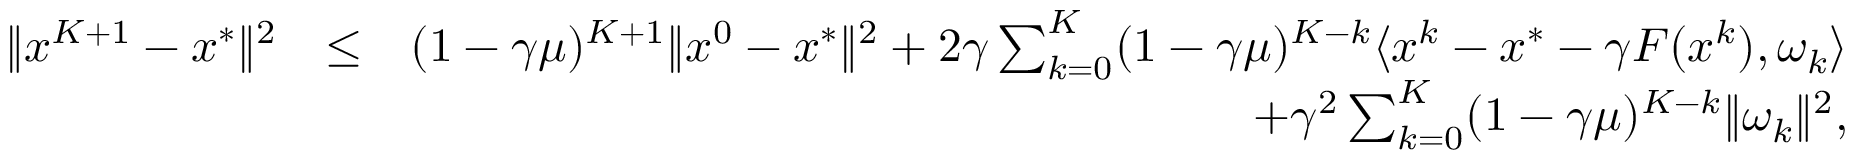
\begin{array} { r l r } { \| x ^ { K + 1 } - x ^ { * } \| ^ { 2 } } & { \leq } & { ( 1 - \gamma \mu ) ^ { K + 1 } \| x ^ { 0 } - x ^ { * } \| ^ { 2 } + 2 \gamma \sum _ { k = 0 } ^ { K } ( 1 - \gamma \mu ) ^ { K - k } \langle x ^ { k } - x ^ { * } - \gamma F ( x ^ { k } ) , \omega _ { k } \rangle } \\ & { } & { \quad + \gamma ^ { 2 } \sum _ { k = 0 } ^ { K } ( 1 - \gamma \mu ) ^ { K - k } \| \omega _ { k } \| ^ { 2 } , } \end{array}